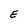
Character: E